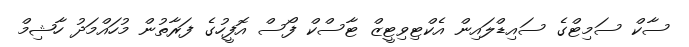
ސާކް ސަމިޓްގެ ސައިޑްލައިން އެކްޓިވިޓީޒް ޓާސްކް ފޯސް އޮފީހުގެ ފަރާތުން މުހައްމަދު ހާޝިމް